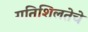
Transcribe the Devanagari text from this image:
गतिशिलतेचे